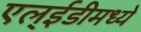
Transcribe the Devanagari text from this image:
एल्ईडीमध्ये